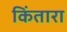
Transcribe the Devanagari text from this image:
किंतारा